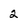
Character: 2